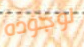
لوجوده